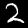
Digit: 2